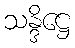
သန္ဒိဋ္ဌေ